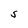
Character: S